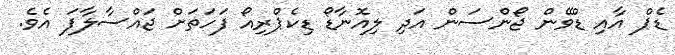
ޑެޕް އާއި ޑްވޭން ޖޯންސަން އަދި ލިއޮނާޑޯ ޑިކެޕްރިއޯ ފަހަތަށް ޖައްސާލާފަ އެވެ.